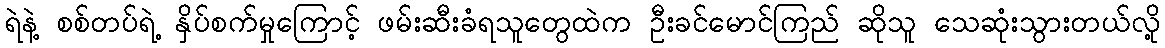
ရဲနဲ့ စစ်တပ်ရဲ့ နှိပ်စက်မှုကြောင့် ဖမ်းဆီးခံရသူတွေထဲက ဦးခင်မောင်ကြည် ဆိုသူ သေဆုံးသွားတယ်လို့